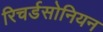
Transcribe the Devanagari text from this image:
रिचर्डसोनियन